Vaike-Kullamaa_(Vaikna)_vallavalitsus, lk 9
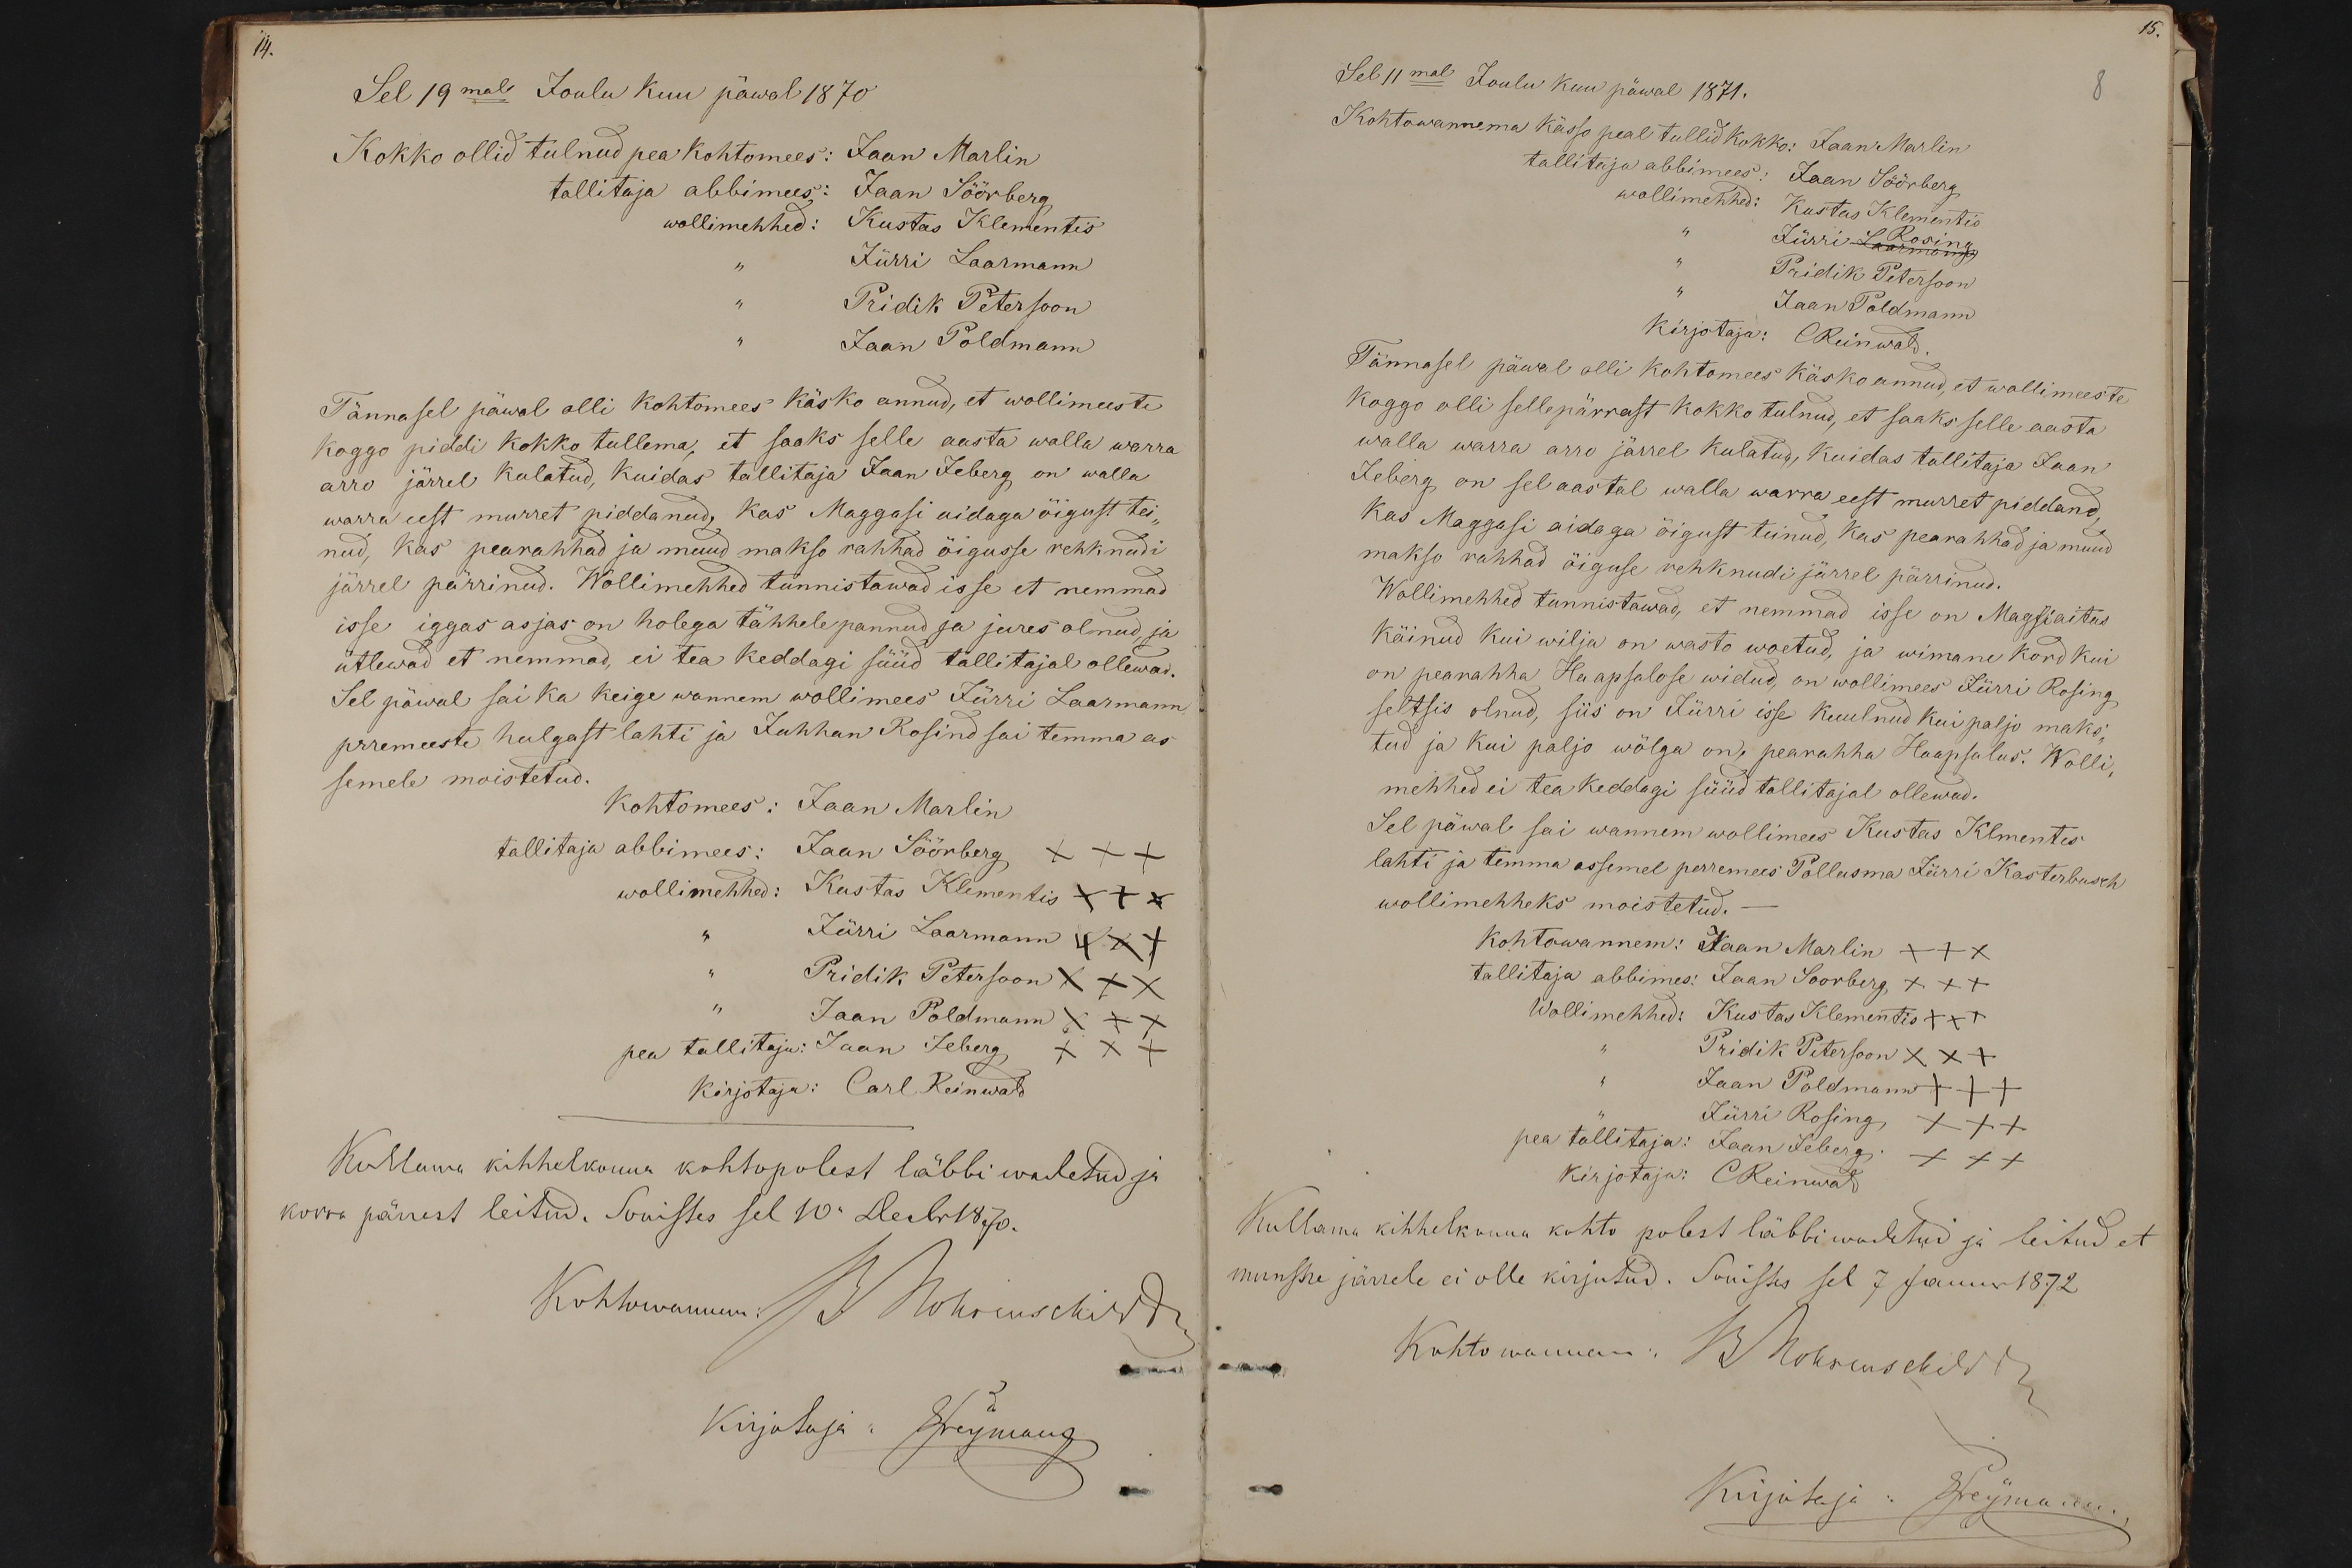
14.

Sel 19mal Joulu kuu päwal 1870
Kokko ollid tulnud pea kohtomees: Jaan Marlin
tallitaja abbimees: Jaan Söörberg
wollimehhed: Kustas Klementis
Jürri Laarmann
Priidik Peterson
Jaan Poldmann
Tännasel päwal olli kohtomees käsko annud, et wollimeeste
Koggo piddi kokko tullema, et saaks selle aasta walla warra
arro järrel kulatud, kuidas tallitaja Jaan Leberg on walla
warra eest murret piddanud, kas Maggasi aidagi õigust tei-
nud, kas pearahhad ja muud makso rahhad õigusse rehknudi
järrel pärrinud. Wollimehhed tunnistawad isse et nemmad
isse iggas asjas on holega tähhele pannud ja jures olnud ja
ütlewad et nemmad, ei tea keddagi süüd tallitajal ollewad.
Sel päwal sai ka keige wannem wollimees Jürri Laarmann
prremeeste hulgast lahti ja Juhhan Rosind sai temma as-
semele moistetud.
Kohtomees: Jaan Marlin
tallitaja abbimees: Jaan Söörberg +++
wollimehhed: Kustas Klementis XXX
Jürri Laarmann XXX
Pridik Peterson XXX
Jaan Poldmann XXX
pea tallitaja: Jaan Feberg xxx
Kirjotaja: Carl Reinwald
Kullama kihhelkonna kohtopolest läbbi wadatud ja
korra pärrast leitud. Sonistes sel 10. Decbr. 1870.
Kohtowannem: J. Kohsenschiride
kirjotaja: Freymann

15.
Sel 11mal Joulu kuu päwal 1871.
8
Kohtawannema kässo peal tullid kokko: Jaan Marlin
tallitaja abbimees: Jaan Söörberg
wollimehhed: Kustas Klementis
" Jürri Rosing,
"Priidik Petersoon
" Jaan Poldmann,
Kirjotaja: CReinwald
Tännasel päwal olli kohtomees käsko annud et wollimeeste
koggo olli sellepärrast kokko tulnud, et saaks selle aasta
walla warra arro järrel kulatud, kuidas tallitaja Jaan-
Jeberg on sel aastal walla warra eest murret piddand,
Kas Maggasi aidaga õigust teinud, kas pearahhad ja muud
makso rahhad õiguse rehknudi järrel pärrinud.
Wollimehhed tunnistawad, et nemmad isse on Magsiaitus
käinud kui wilja on wasto woetud, ja wimane kord kui
on pearahha Haapsalose widud, on wollimees Jürri Rösing
seltsis olnud, siis on Jürri isse kuulnud kui paljo maks
tud ja kui paljo wõlga on, pearahha Haapsalus. Wolli
mehhed ei tea keddagi süüd tallitajal ollewad.
Sel päwal sai wannem wollimees Kustas Klmentes
lahti ja temma assemel perremees Pollusma Jürri Kasterbusch
wollimehheks moistetud.
Kohtowannem: Jaan Marlin XXX
tallitaja abbimes: Jaan Soovberg +++
Wollimehhed: Kustas Klementis XXX
Priidik Peterson XXX
Jaan Poldmann +++
Jürri Rosing XXX
pea tallitaja: Jaan Jebergi xxx
Kirjotaja: CReinwalt
Kullama kihhelkonna kohto polest läbbi waalatud ja leitud et
munstre järrele ei olle kirjutud. Sonistes sel 7 Januar 1872
Kohto wannem: B Mohsusehil W.
Kirjutaja: Freymann.